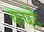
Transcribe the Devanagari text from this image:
कपटे